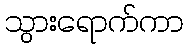
သွားရောက်ကာ